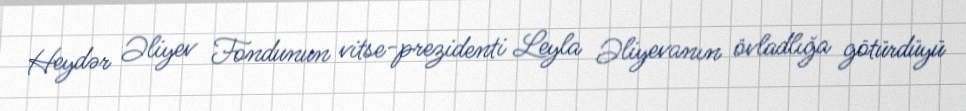
Heydər Əliyev Fondunun vitse-prezidenti Leyla Əliyevanın övladlığa götürdüyü